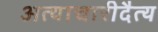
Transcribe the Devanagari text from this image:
अत्याचारीदैत्य